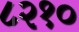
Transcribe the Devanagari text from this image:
८२१०